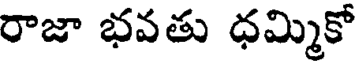
రాజా భవతు ధమ్మికో